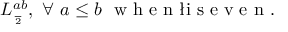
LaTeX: L _ { \frac { \l } { 2 } } ^ { a b } , \ \forall \ a \leq b \ \textup { w h e n \l i s e v e n } .